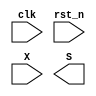
module seq_id(clk, rst_n, X, S);
  input clk, rst_n;
  input X;
  output S;

  parameter init = 6'b000001,
            A    = 6'b000010,
            B    = 6'b000100,
            C    = 6'b001000,
            D    = 6'b010000,
            E    = 6'b100000;
            
  reg [5:0] current_state, next_state;
  
  // first segment
  always @(posedge clk or negedge rst_n)
  begin
    if(!rst_n)
      current_state <= 0;
    else
      current_state <= next_state;
  end
  
  // second segment
  always @(rst_n, current_state, X)
  begin
    if(!rst_n)
      next_state <= init;
    else
      case(current_state)
        init: if(X) next_state <= A; else next_state <= init;
        // -------- insert your code here ------------

        
        
        
        
        // -------------------------------------------
        default: next_state <= init;
      endcase
  end
  
  // third segment
  // -------- insert your code here ------------

  // -------------------------------------------


endmodule